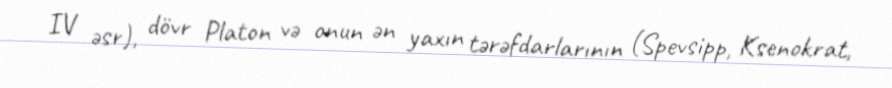
IV əsr), dövr Platon və onun ən yaxın tərəfdarlarının (Spevsipp, Ksenokrat,